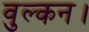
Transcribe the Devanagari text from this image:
वुल्कन।